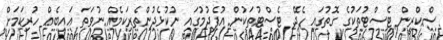
ސްކްރީން ޓެސްޓުތަކުގެ ގޮތުގައި ހެދޭ ޓެސްޓުތަކުން އުފެދުމުގައި ނުކުޅެދުންތެރިކަމެއް ނުވަތަ ޢައިބެއް ހުރިކަމަށް